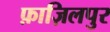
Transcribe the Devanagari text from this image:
फ़ाज़िलपुर